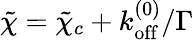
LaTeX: \tilde{\chi}=\tilde{\chi}_{c}+k_{\mathrm{off}}^{(0)}/\Gamma